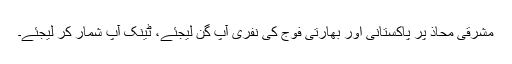
مشرقی محاذ پر پاکستانی اور بھارتی فوج کی نفری آپ گن لیجئے، ٹینک آپ شمار کر لیجئے۔